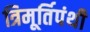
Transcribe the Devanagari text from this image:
त्रिमूर्तिपंथी